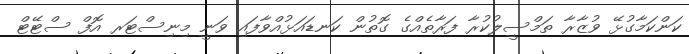
ކަންކަމާގުޅޭ ވުޒާރާ ތަމްސީލުކުރާ ފަރާތެއްގެ ގޮތުން ކަނޑައަޅުއްވާފައި ވަނީ މިނިސްޓަރ އޮފް ސްޓޭޓް